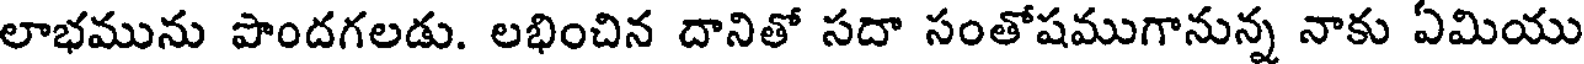
లాభమును పొందగలడు. లభించిన దానితో సదా సంతోషముగానున్న నాకు ఏమియు